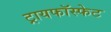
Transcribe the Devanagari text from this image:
ट्रायफॉस्फेट